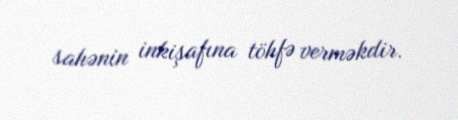
sahənin inkişafına töhfə verməkdir.